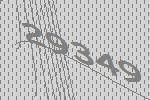
29349